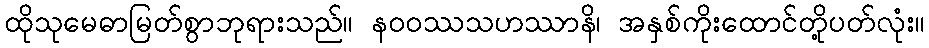
ထိုသုမေဓာမြတ်စွာဘုရားသည်။ နဝဝဿသဟဿာနိ၊ အနှစ်ကိုးထောင်တို့ပတ်လုံး။